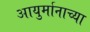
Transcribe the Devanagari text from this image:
आयुर्मानाच्या